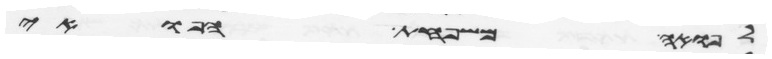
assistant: לפואה משפחת הפואי